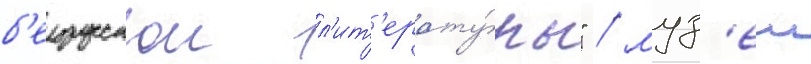
б'елорусскои л'ит'ерату́ры" / муз'еи